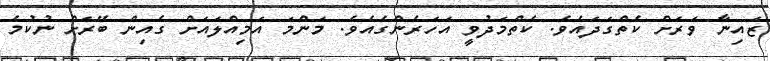
ޒައިނާ ވަރަށް ކެތްގަދައެވެ. ކެތްމަދުވީ އަހަރެންގެއެވެ. މަންމަ އަމިއްލައަށް ގެއިން ބޭރަށް ނުކުމެ